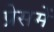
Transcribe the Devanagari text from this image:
प्रेसमें